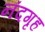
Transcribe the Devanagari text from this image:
नंदगृह